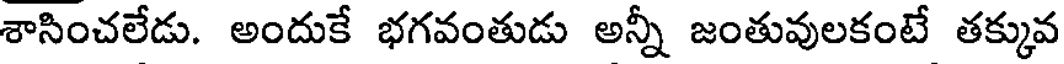
శాసించలేడు. అందుకే భగవంతుడు అన్నీ జంతువులకంటే తక్కువ